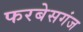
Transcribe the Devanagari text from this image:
फरबेसगंज